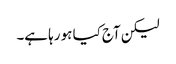
لیکن آج کیا ہو رہا ہے۔